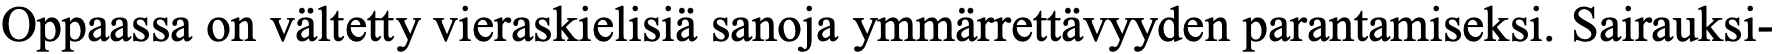
Oppaassa on vältetty vieraskielisiä sanoja ymmärrettävyyden parantamiseksi. Sairauksi-